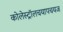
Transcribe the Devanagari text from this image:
कोलेस्ट्रॉलचयापचयज